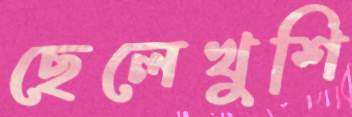
ছেলেখুশি